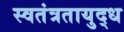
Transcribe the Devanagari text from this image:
स्वतंत्रतायुद्ध